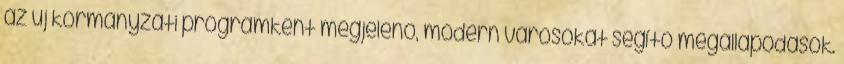
az új kormányzati programként megjelenő, modern városokat segítő megállapodások.